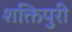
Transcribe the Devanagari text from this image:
शक्तिपुरी